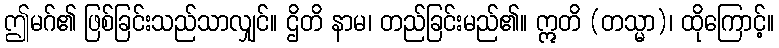
ဤမဂ်၏ ဖြစ်ခြင်းသည်သာလျှင်။ ဌိတိ နာမ၊ တည်ခြင်းမည်၏။ ဣတိ (တသ္မာ)၊ ထိုကြောင့်။